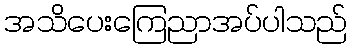
အသိပေးကြေညာအပ်ပါသည်